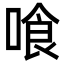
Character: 喰